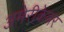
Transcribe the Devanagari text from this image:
अमेरीकेवर